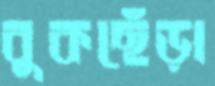
বুকছেঁড়া